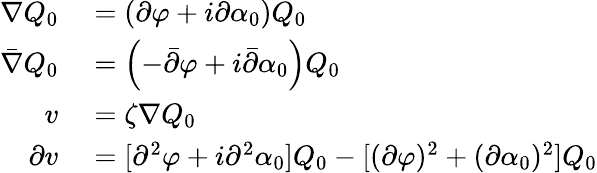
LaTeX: \begin{array}{rl}{\nabla Q_{0}}&{{}=\left(\partial\varphi+i\partial\alpha_{0}\right)Q_{0}}\\ {\bar{\nabla}Q_{0}}&{{}=\left(-\bar{\partial}\varphi+i\bar{\partial}\alpha_{0}\right)Q_{0}}\\ {v}&{{}=\zeta\nabla Q_{0}}\\ {\partial v}&{{}=[\partial^{2}\varphi+i\partial^{2}\alpha_{0}]Q_{0}-[(\partial\varphi)^{2}+(\partial\alpha_{0})^{2}]Q_{0}}\end{array}